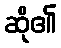
ဆို၏